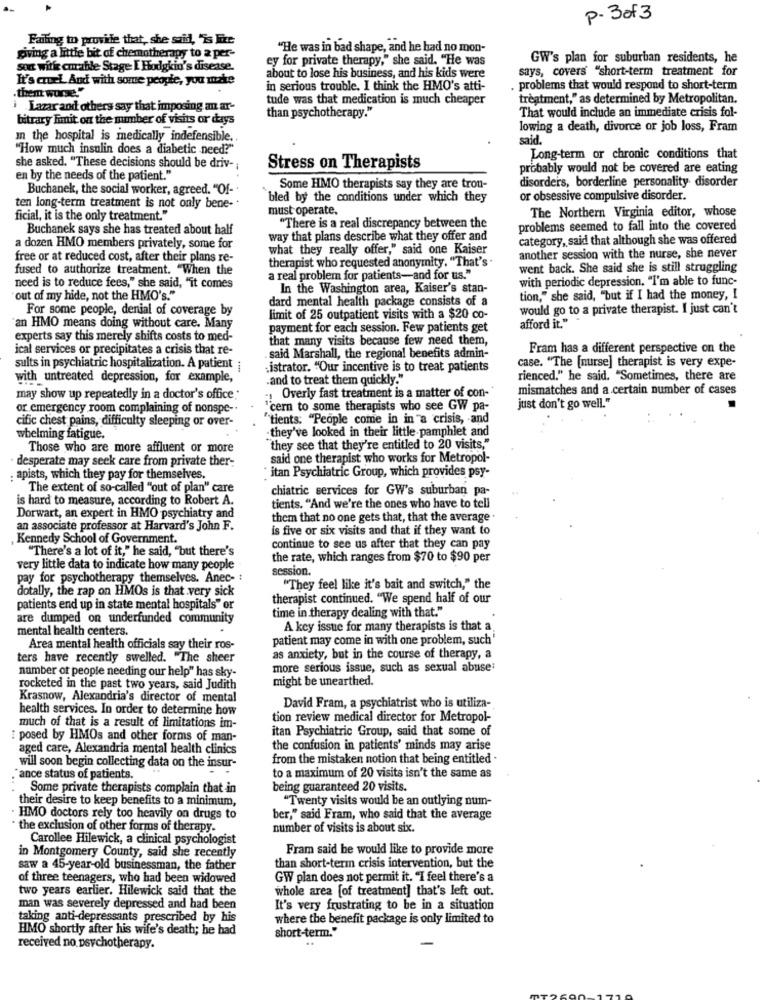
P-3of3
Failing to provide that, she said, "is Fixe
"He was in bad shape, and he had no mon-
giving a little bit of chemotherapy to a per-
ey for private therapy," she said. "He was
GW's plan for suburban residents, he
sou with curable Stage I Hodgkin's disease.
says, covers "short-term treatment for
It's cruel And with some people, you make
about to lose his business, and his kids were
in serious trouble. I think the HMO's atti-
. problems that would respond to short-term
them worse."
tude was that medication is much cheaper
treatment," as determined by Metropolitan
i Lazar and others say that imposing an ar-
than psychotherapy."
bitrary Fmmit on the member of visits or days
That would include an immediate crisis fol-
lowing a death, divorce or job loss, Fram
In the hospital is medically indefensible ..
said.
"How much insulin does a diabetic need?"
Long-term or chronic conditions that
she asked. "These decisions should be driv-
Stress on Therapists
probably would not be covered are eating
en by the needs of the patient."
disorders, borderline personality disorder
Buchanek, the social worker, agreed. "Of-
Some HMO therapists say they are trou-
`bled by the conditions under which they
or obsessive compulsive disorder.
ten long-term treatment is not only bene-
must operate.
The Northern Virginia editor, whose
ficial, it is the only treatment."
Buchanek says she has treated about half
"There is a real discrepancy between the
problems seemed to fall into the covered
way that plans describe what they offer and
category, said that although she was offered
a dozen HMO members privately, some for
what they really offer," said one Kaiser
free or at reduced cost, after their plans re-
therapist who requested anonymity. "That's .
another session with the nurse, she never
fused to authorize treatment. "When the
went back. She said she is still struggling
a real problem for patients-and for us."
with periodic depression. "I'm able to func-
need is to reduce fees," she said, "it comes
In the Washington area, Kaiser's stan-
out of my hide, not the HMO's."
dard mental health package consists of a
tion," she said, "but if I had the money, I
For some people, denial of coverage by
would go to a private therapist. I just can't
limit of 25 outpatient visits with a $20 co-
an HMO means doing without care. Many
payment for each session. Few patients get
afford it."
experts say this merely shifts costs to med-
that many visits because few need them,
ical services or precipitates a crisis that re-
Fram has a different perspective on the
. said Marshall, the regional benefits admin-
case. "The [nurse] therapist is very expe-
sults in psychiatric hospitalization. A patient ;
.istrator. "Our incentive is to treat patients
with untreated depression, for example,
and to treat them quickly."
rienced." he said. "Sometimes, there are
mismatches and a certain number of cases
may show up repeatedly in a doctor's office *
.: Overly fast treatment is a matter of con-
or emergency room complaining of nonspe -.
cern to some therapists who see GW pa-
just don't go well."
cific chest pains, difficulty sleeping or over-
"tients: "People come in in a crisis, and
-they've looked in their little pamphlet and
whelming fatigue."
Those who are more affluent or more
"they see that they're entitled to 20 visits,"
desperate may seek care from private ther-
said one therapist who works for Metropol-
: apists, which they pay for themselves.
: itan Psychiatric Group, which provides psy-
The extent of so-called "out of plan" care
chiatric services for GW's suburban pa-
is hard to measure, according to Robert A.
tients. "And we're the ones who have to tell
Dorwart, an expert in HMO psychiatry and
them that no one gets that, that the average .
an associate professor at Harvard's John F.
is five or six visits and that if they want to
, Kennedy School of Government.
continue to see us after that they can pay
"There's a lot of it," he said, "but there's
the rate, which ranges from $70 to $90 per
very little data to indicate how many people
session.
pay for psychotherapy themselves. Anec- :
dotally, the rap on HMOs is that very sick
"They feel like it's bait and switch," the
therapist continued. "We spend half of our
patients end up in state mental hospitals" or
time in therapy dealing with that."
are dumped on underfunded community
mental health centers.
A key issue for many therapists is that a
patient may come in with one problem, such'
Area mental health officials say their ros-
ters have recently swelled. "The sheer
as anxiety, but in the course of therapy, a
number or people needing our help" has sky-
more serious issue, such as sexual abuse;
might be unearthed.
rocketed in the past two years, said Judith
Krasnow, Alexandria's director of mental
health services. In order to determine how
David Fram, a psychiatrist who is utiliza-
tion review medical director for Metropol-
much of that is a result of limitations im-
itan Psychiatric Group, said that some of
: posed by HMOs and other forms of man-
aged care, Alexandria mental health clinics
the confusion in patients' minds may arise
from the mistaken notion that being entitled .
will soon begin collecting data on the insur-
"ance status of patients.
to a maximum of 20 visits isn't the same as
Some private therapists complain that in
being guaranteed 20 visits.
their desire to keep benefits to a minimum,
"Twenty visits would be an outlying num-
· HMO doctors rely too heavily on drugs to
ber," said Fram, who said that the average
· the exclusion of other forms of therapy.
number of visits is about six.
Carollee Hilewick, a clinical psychologist
Fram said he would like to provide more
in Montgomery County, said she recently
saw a 45-year-old businessman, the father
than short-term crisis intervention, but the
of three teenagers, who had been widowed
GW plan does not permit it. "I feel there's a
two years earlier. Hilewick said that the
whole area [of treatment] that's left out.
man was severely depressed and had been
It's very frustrating to be in a situation
taking anti-depressants prescribed by his
where the benefit package is only limited to
HMO shortly after his wife's death; he had
short-term."
received no psychotherapy.